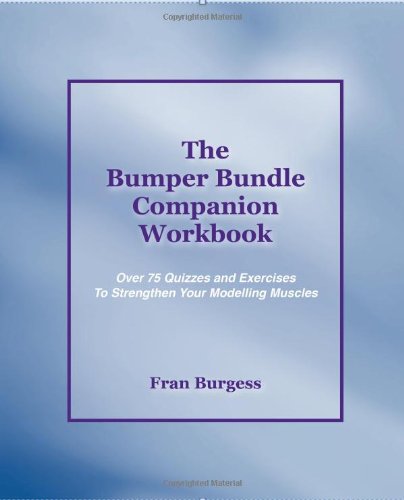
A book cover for The Bumper Bundle Companion Workbook: 75 Quizzes and Exercises to Flex Your Modelling Muscles; Fran Burgess; Self-Help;